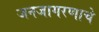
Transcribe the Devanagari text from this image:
जनजागरणाचे